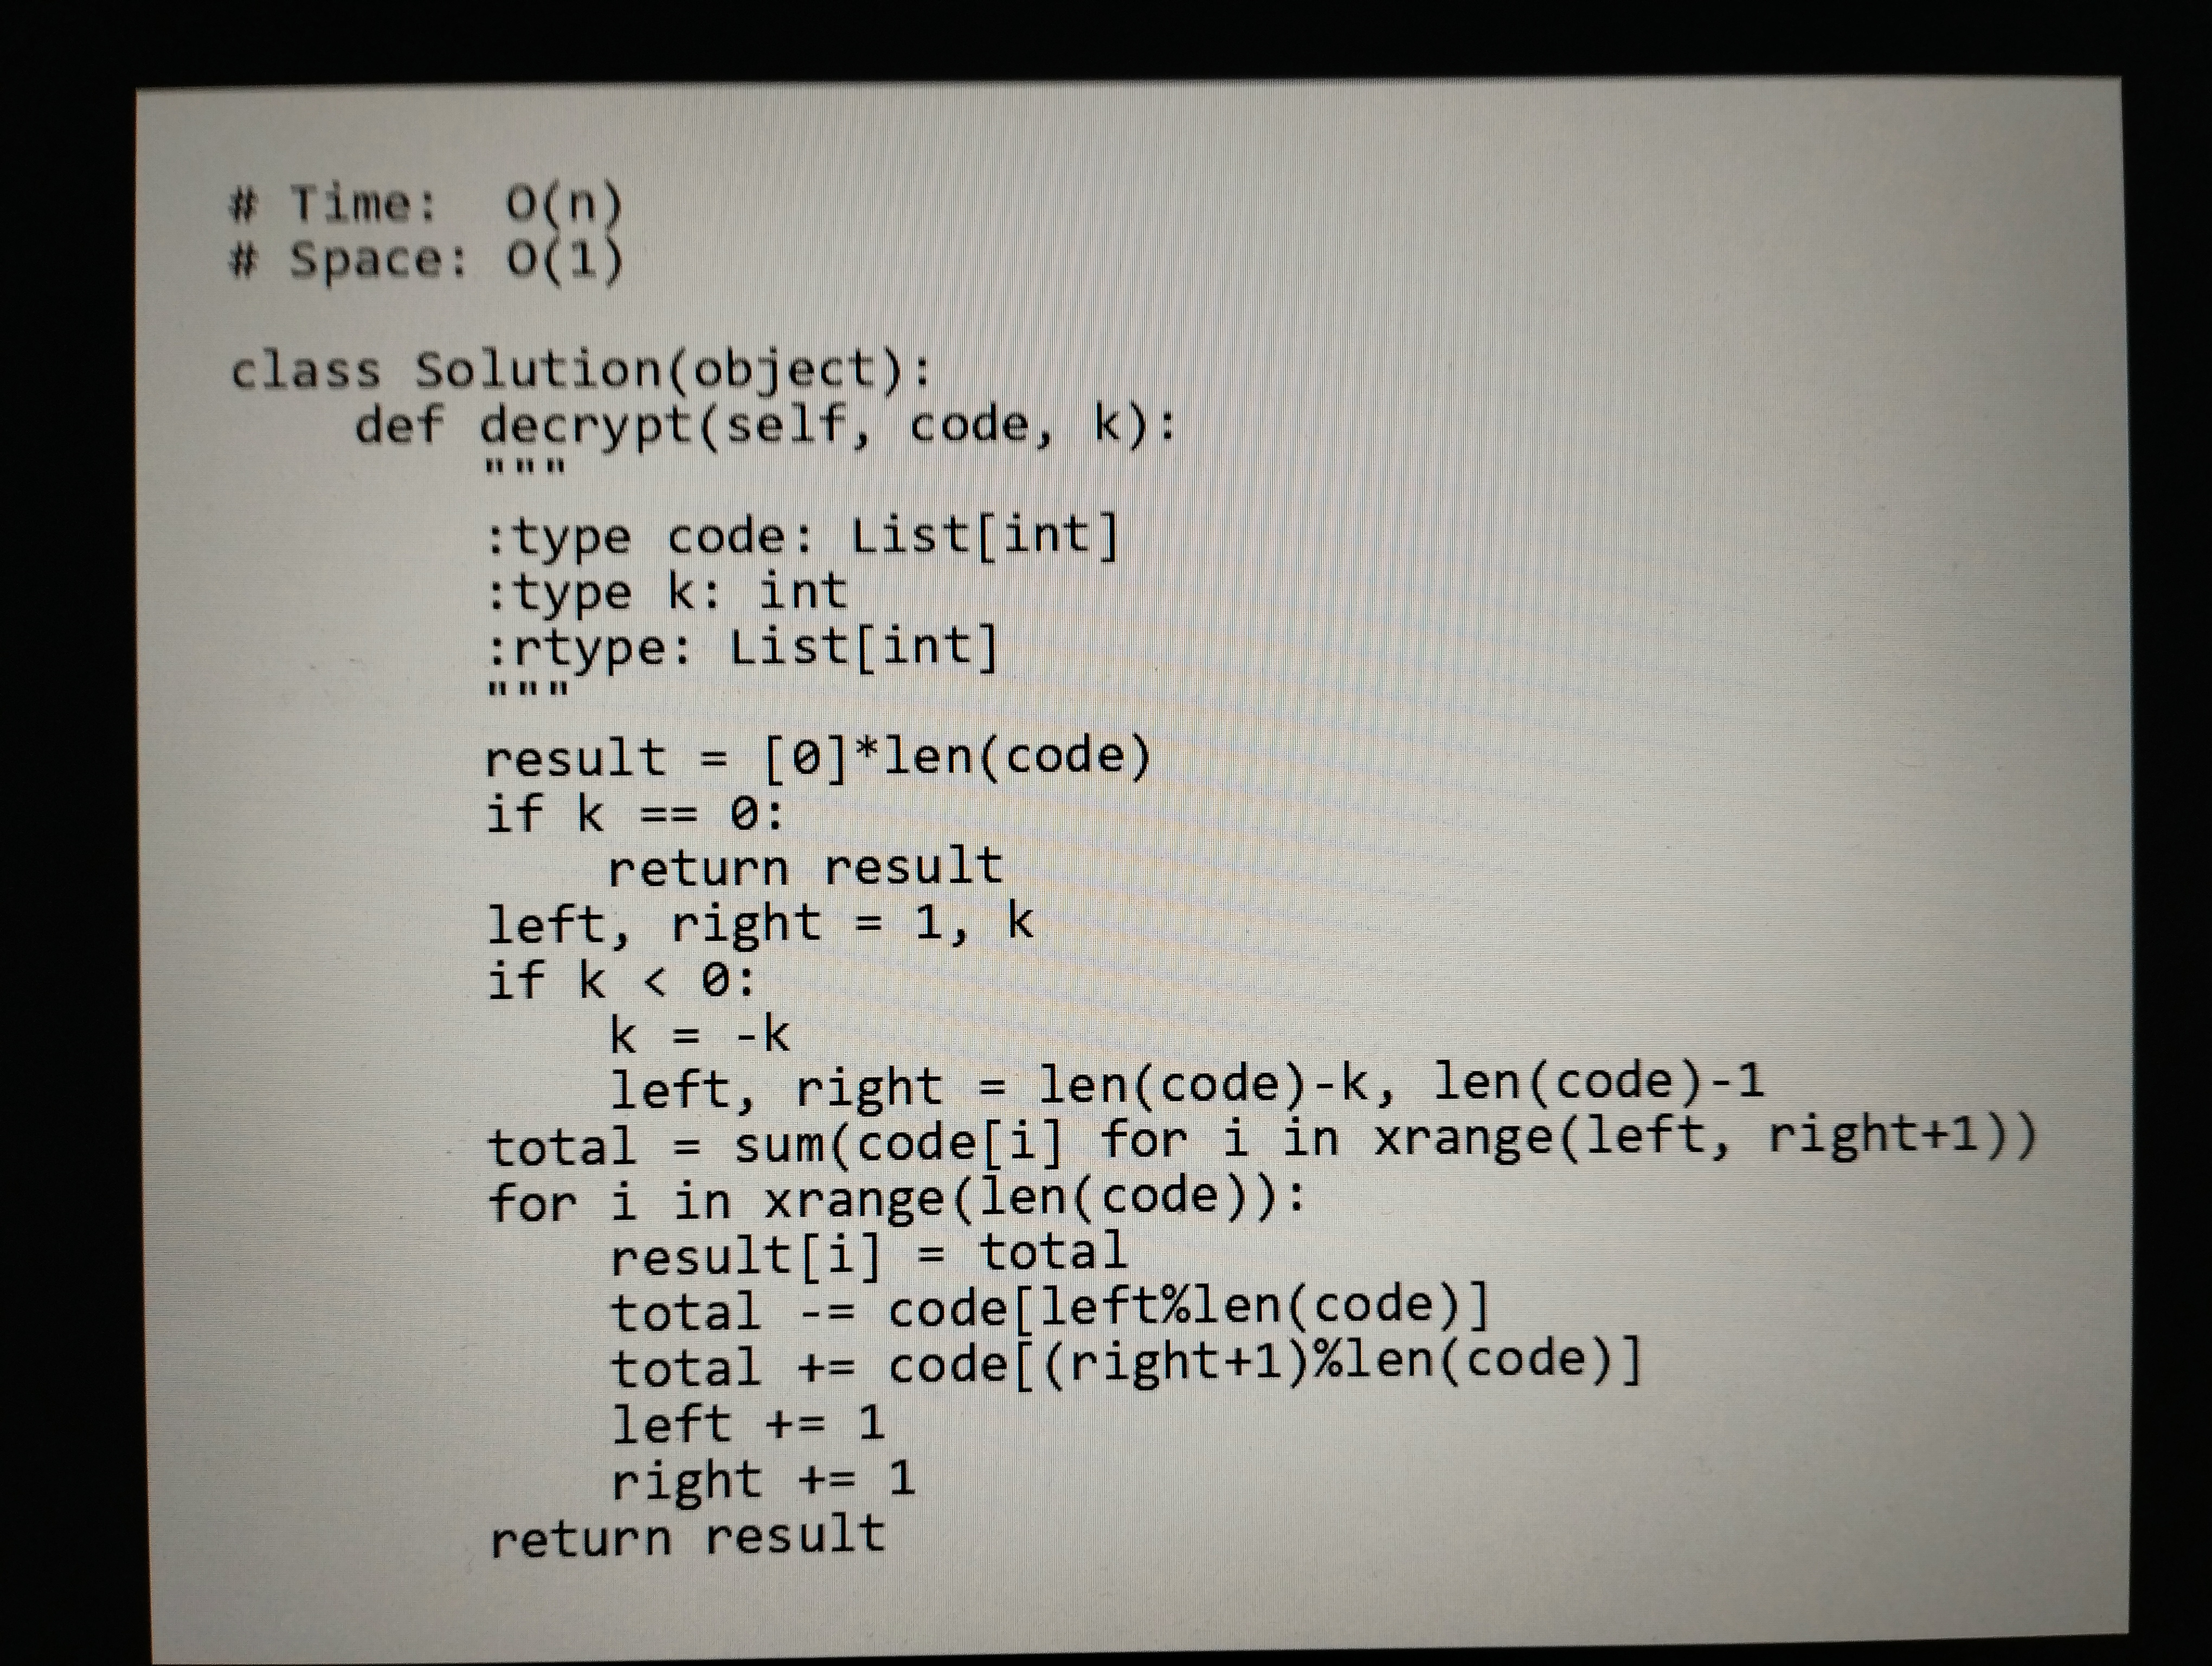
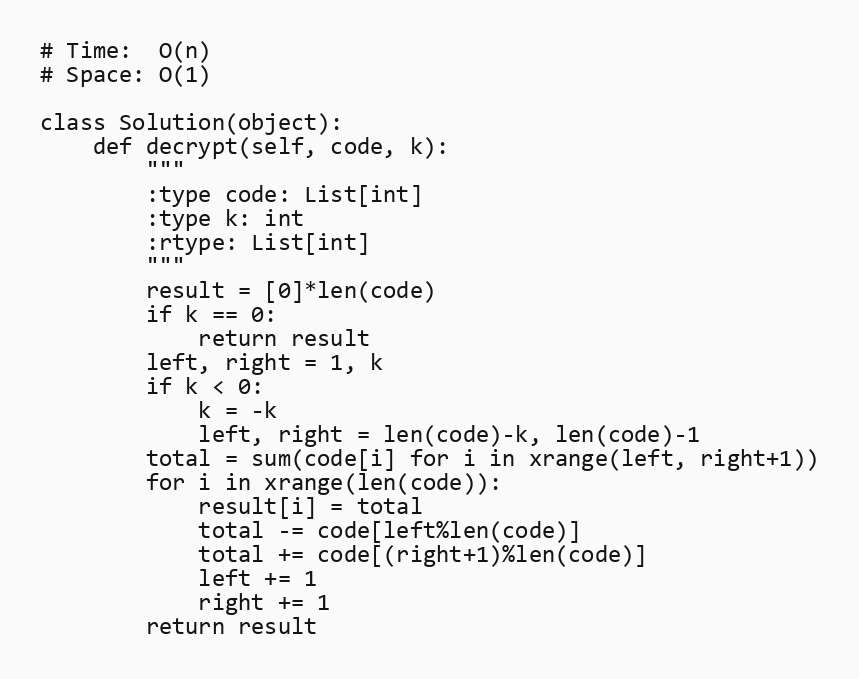
# Time:  O(n)
# Space: O(1)

class Solution(object):
    def decrypt(self, code, k):
        """
        :type code: List[int]
        :type k: int
        :rtype: List[int]
        """
        result = [0]*len(code)
        if k == 0:
            return result
        left, right = 1, k
        if k < 0:
            k = -k
            left, right = len(code)-k, len(code)-1
        total = sum(code[i] for i in xrange(left, right+1))
        for i in xrange(len(code)):
            result[i] = total
            total -= code[left%len(code)]
            total += code[(right+1)%len(code)]
            left += 1
            right += 1
        return result